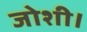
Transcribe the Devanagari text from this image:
जोशी।